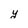
Character: y